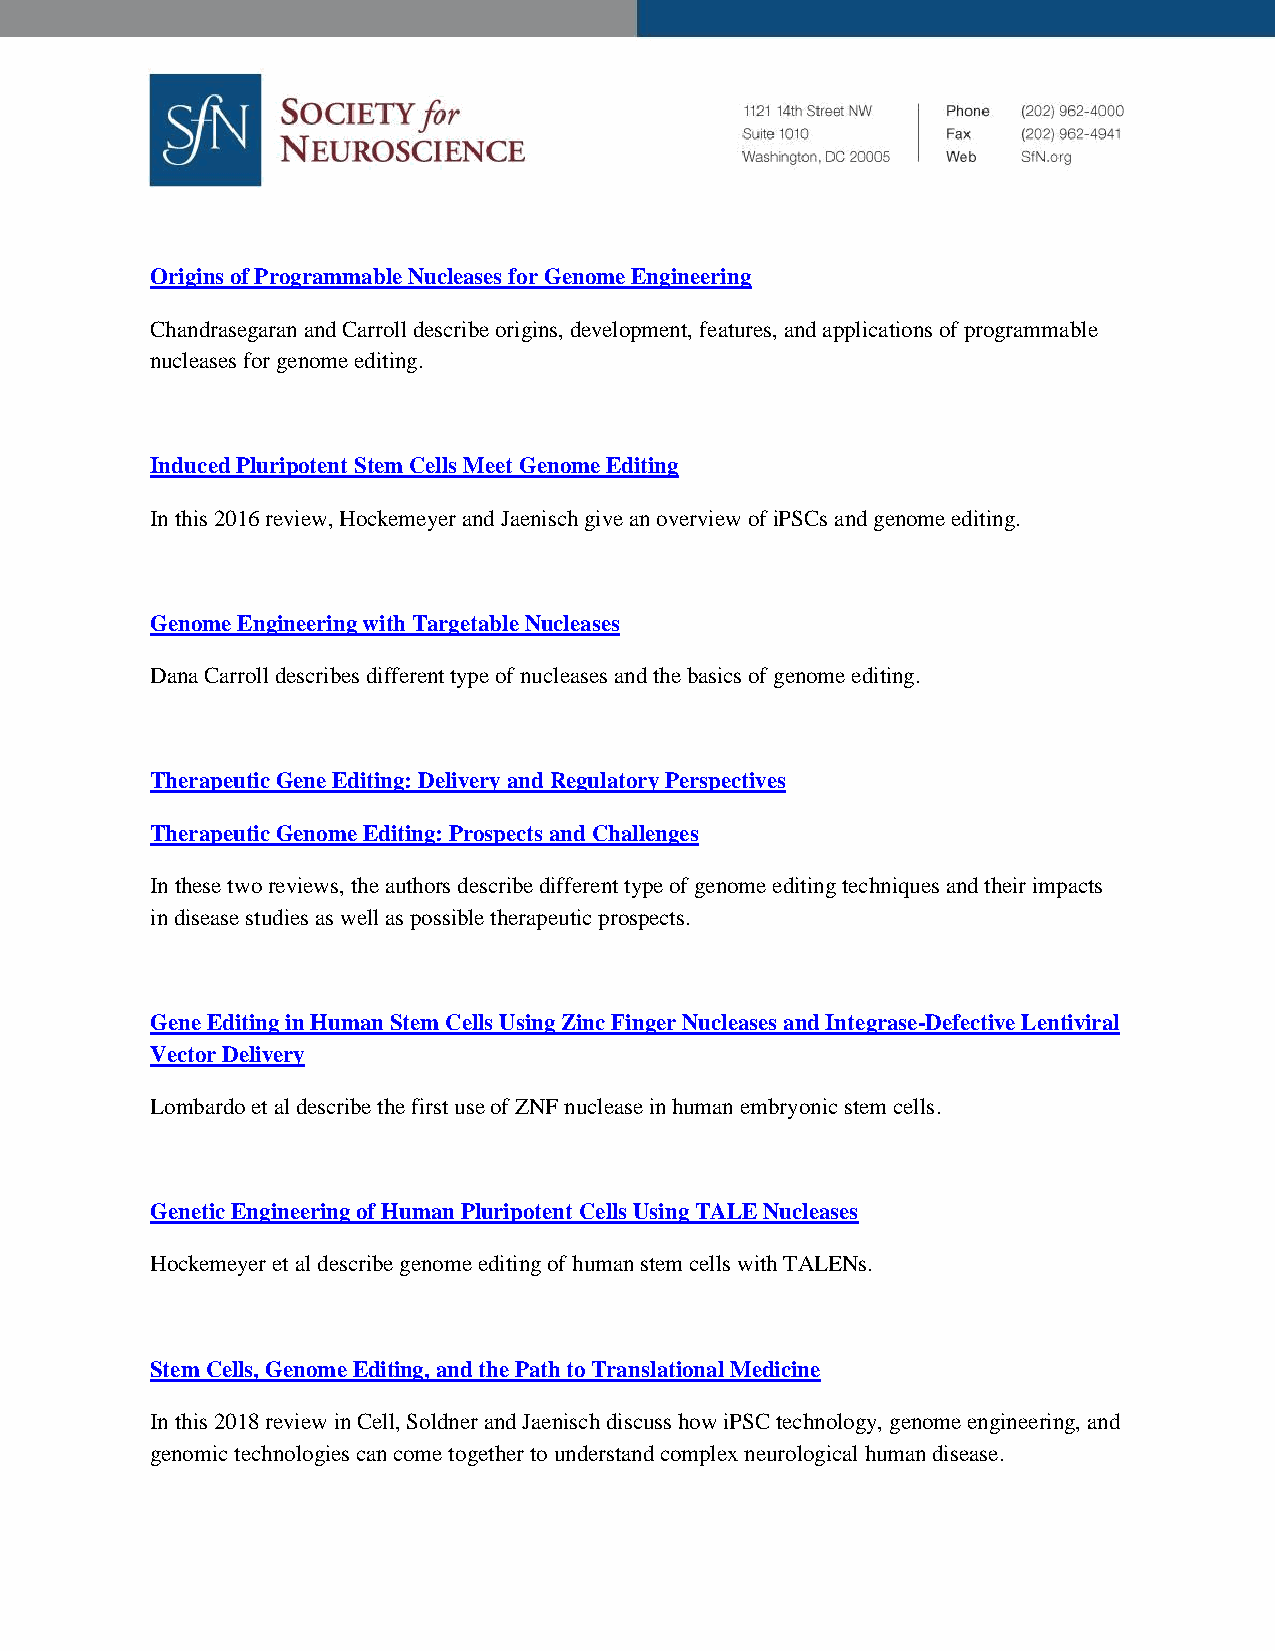
Origins of Programmable Nucleases for Genome Engineering
 Chandrasegaran and Carroll describe origins, development, features, and applications of programmable
 nucleases for genome editing.
 Induced Pluripotent Stem Cells Meet Genome Editing
 In this 2016 review, Hockemeyer and Jaenisch give an overview of iPSCs and genome editing.
 Genome Engineering with Targetable Nucleases
 Dana Carroll describes different type of nucleases and the basics of genome editing.
 Therapeutic Gene Editing: Delivery and Regulatory Perspectives
 Therapeutic Genome Editing: Prospects and Challenges
 In these two reviews, the authors describe different type of genome editing techniques and their impacts
 in disease studies as well as possible therapeutic prospects.
 Gene Editing in Human Stem Cells Using Zinc Finger Nucleases and Integrase-Defective Lentiviral
 Vector Delivery
 Lombardo et al describe the first use of ZNF nuclease in human embryonic stem cells.
 Genetic Engineering of Human Pluripotent Cells Using TALE Nucleases
 Hockemeyer et al describe genome editing of human stem cells with TALENs.
 Stem Cells, Genome Editing, and the Path to Translational Medicine
 In this 2018 review in Cell, Soldner and Jaenisch discuss how iPSC technology, genome engineering, and
 genomic technologies can come together to understand complex neurological human disease.